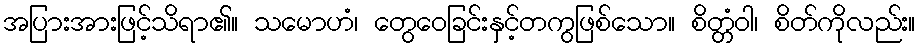
အပြားအားဖြင့်သိရာ၏။ သမောဟံ၊ တွေဝေခြင်းနှင့်တကွဖြစ်သော။ စိတ္တံဝါ၊ စိတ်ကိုလည်း။